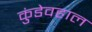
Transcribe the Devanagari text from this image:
कुंडेवहाल